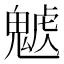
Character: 𩳰